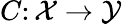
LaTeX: C\colon\mathcal{X}\rightarrow\mathcal{Y}